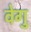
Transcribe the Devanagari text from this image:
वेगु